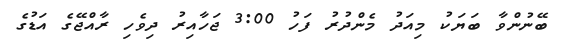
ބޭނުންވާ ބަޔަކު މިއަދު މެންދުރު ފަހު 3:00 ޖަހާއިރު ދިވެހި ރާއްޖޭގެ އަޑުގެ